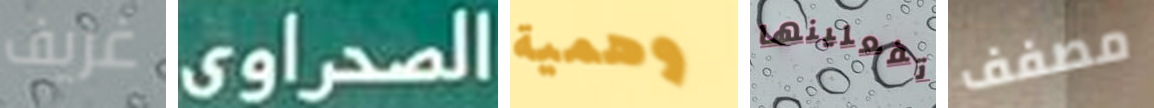
غريف الصحراوي وهمية تفعلينها مصفف